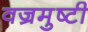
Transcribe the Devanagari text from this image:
वज्रमुष्टी